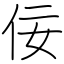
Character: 佞